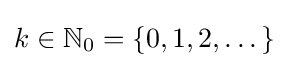
k\in \mathbb {N} _{0}=\{0,1,2,\dotsc \}